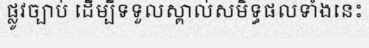
ផ្លូវច្បាប់ ដើម្បីទទួលស្គាល់សមិទ្ធផលទាំងនេះ